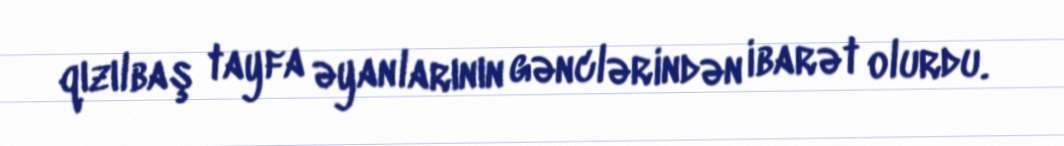
qızılbaş tayfa əyanlarının gənclərindən ibarət olurdu.